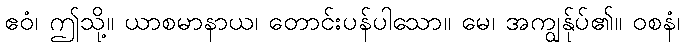
ဧဝံ၊ ဤသို့။ ယာစမာနာယ၊ တောင်းပန်ပါသော။ မေ၊ အကျွန်ုပ်၏။ ဝစနံ၊